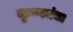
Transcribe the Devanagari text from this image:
कृष्णजंधा